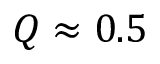
Q \approx 0 . 5